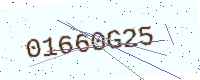
Text: 01660G25